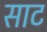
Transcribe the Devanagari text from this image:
साट